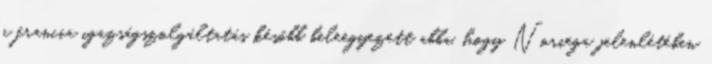
a francia igazságszolgáltatás később beleegyezett abba, hogy Noriega jelenlétében